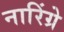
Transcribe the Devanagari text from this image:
नारिंग्रे